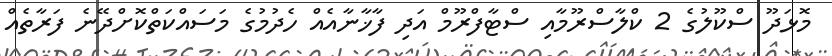
މޮޅަދޫ ސްކޫލުގެ 2 ކްލާސްރޫމާއި ސްޓާފްރޫމް އަދި ފާޚާނާއެއް ހެދުމުގެ މަސައްކަތްކޮށްދޭނެ ފަރާތެއް